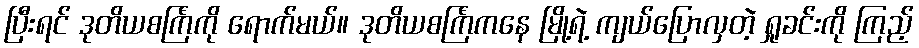
ပြီးရင် ဒုတိယစင်္ကြံကို ရောက်မယ်။ ဒုတိယစင်္ကြံကနေ မြို့ရဲ့ ကျယ်ပြောလှတဲ့ ရှုခင်းကို ကြည့်